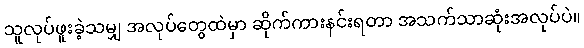
သူလုပ်ဖူးခဲ့သမျှ အလုပ်တွေထဲမှာ ဆိုက်ကားနင်းရတာ အသက်သာဆုံးအလုပ်ပဲ။